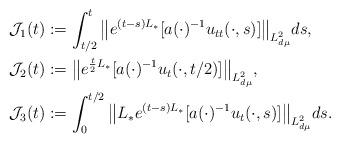
LaTeX: \begin{align*}\mathcal{J}_1(t)&:=\int_{t/2}^t \big\|e^{(t-s)L_{\ast}}[ a(\cdot)^{-1}u_{tt}(\cdot, s)]\big\|_{L^2_{d\mu}} ds, \\\mathcal{J}_2(t)&:=\big\|e^{\frac{t}{2}L_{\ast}} [ a(\cdot)^{-1}u_{t}(\cdot, t/2)]\big\|_{L^2_{d\mu}},\\\mathcal{J}_3(t)&:=\int_0^{t/2} \big\|L_{\ast} e^{(t-s)L_{\ast}}[ a(\cdot)^{-1}u_{t}(\cdot, s)]\big\|_{L^2_{d\mu}} ds.\end{align*}